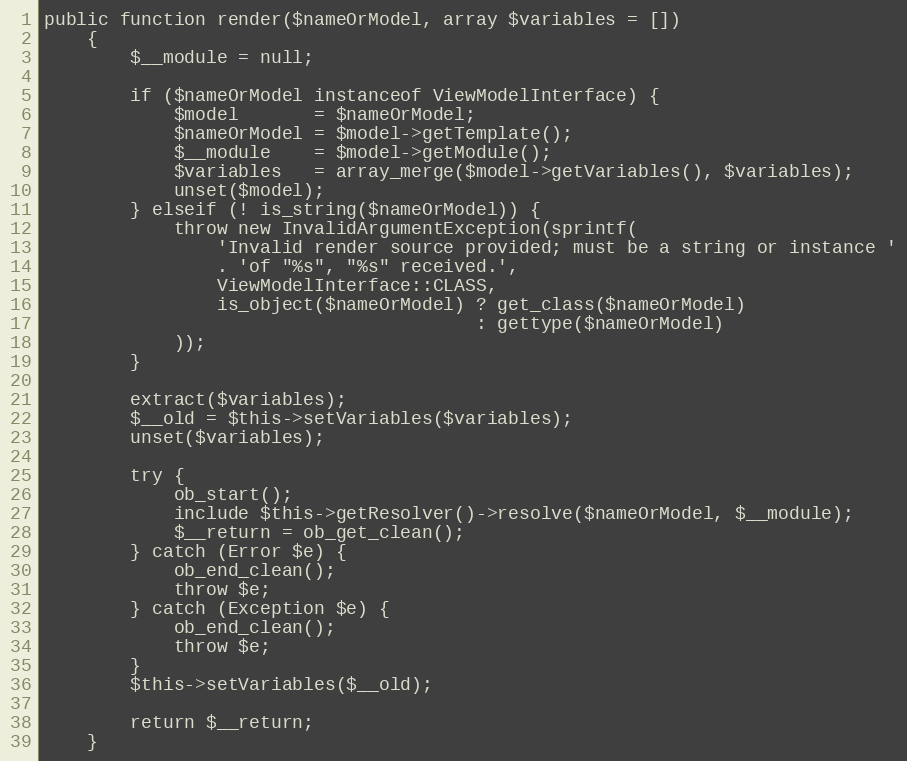
Language: PHP
public function render($nameOrModel, array $variables = [])
    {
        $__module = null;

        if ($nameOrModel instanceof ViewModelInterface) {
            $model       = $nameOrModel;
            $nameOrModel = $model->getTemplate();
            $__module    = $model->getModule();
            $variables   = array_merge($model->getVariables(), $variables);
            unset($model);
        } elseif (! is_string($nameOrModel)) {
            throw new InvalidArgumentException(sprintf(
                'Invalid render source provided; must be a string or instance '
                . 'of "%s", "%s" received.',
                ViewModelInterface::CLASS,
                is_object($nameOrModel) ? get_class($nameOrModel)
                                        : gettype($nameOrModel)
            ));
        }

        extract($variables);
        $__old = $this->setVariables($variables);
        unset($variables);

        try {
            ob_start();
            include $this->getResolver()->resolve($nameOrModel, $__module);
            $__return = ob_get_clean();
        } catch (Error $e) {
            ob_end_clean();
            throw $e;
        } catch (Exception $e) {
            ob_end_clean();
            throw $e;
        }
        $this->setVariables($__old);

        return $__return;
    }